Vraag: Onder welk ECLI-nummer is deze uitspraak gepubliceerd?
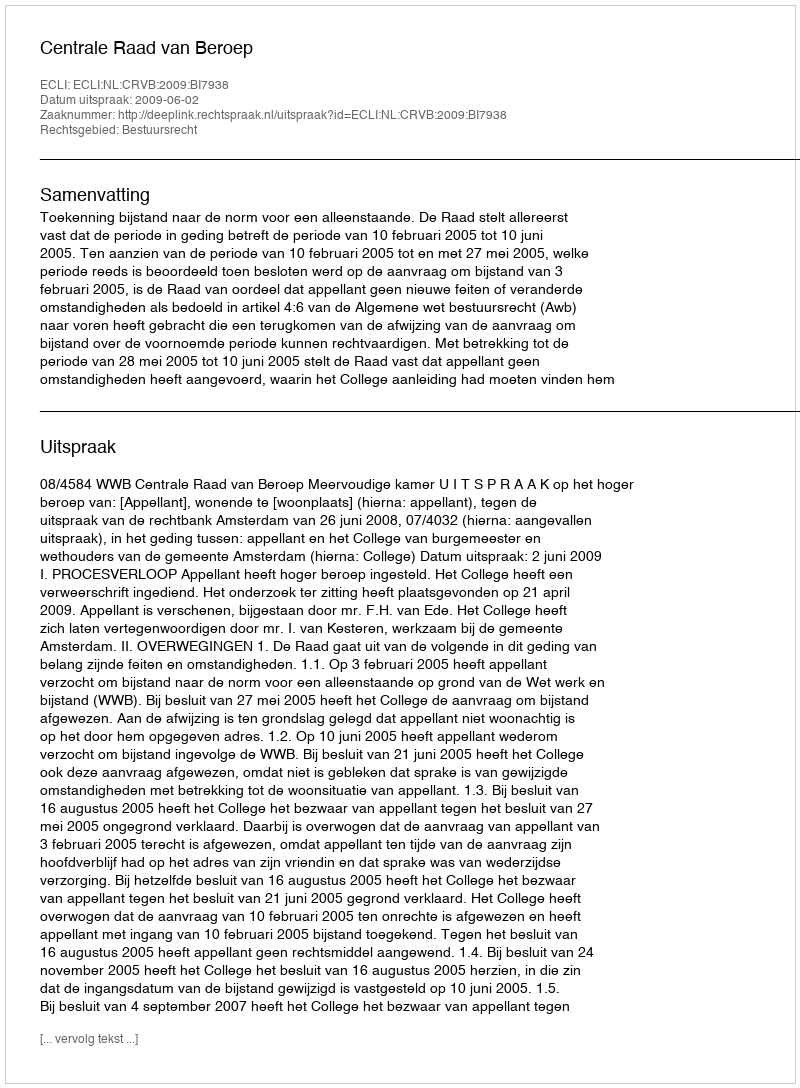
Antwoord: ECLI:NL:CRVB:2009:BI7938